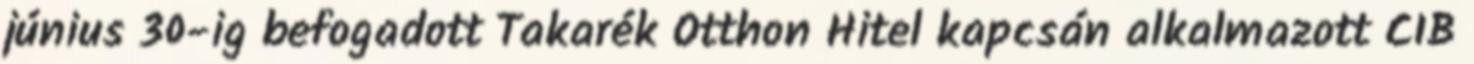
június 30-ig befogadott Takarék Otthon Hitel kapcsán alkalmazott CIB